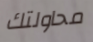
محاولتك